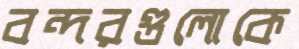
বন্দরগুলোকে